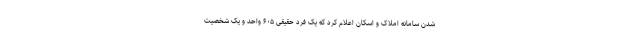
شدن سامانه املاک و اسکان اعلام کرد که یک فرد حقیقی ۶۰۵ واحد و یک شخصیت